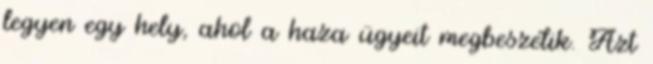
legyen egy hely, ahol a haza ügyeit megbeszélik. Azt